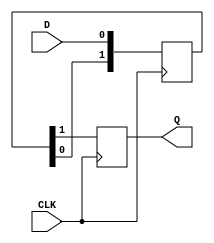
module async_to_sync_converter (
    input wire D,        // Asynchronous data input
    input wire CLK,      // Synchronous clock signal
    output reg Q         // Synchronized data output
);

    // Internal signals for metastability handling
    reg [1:0] sync_ff;   // Two flip-flops for synchronization

    // Transition detection logic (optional)
    reg D_prev;          // Previous value of the asynchronous data
    wire data_transition; // Signal to detect a transition

    // Detect transition in asynchronous data
    always @(posedge CLK) begin
        D_prev <= D; // Store the previous value of D
    end

    assign data_transition = (D != D_prev); // Transition detected if current D is different from previous D

    // Synchronization logic using two flip-flops
    always @(posedge CLK) begin
        sync_ff[0] <= D;          // First stage of synchronization
        sync_ff[1] <= sync_ff[0]; // Second stage of synchronization
    end

    // Output the stable synchronized data
    always @(posedge CLK) begin
        Q <= sync_ff[1]; // Output the synchronized data
    end

endmodule